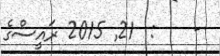
-    :  21